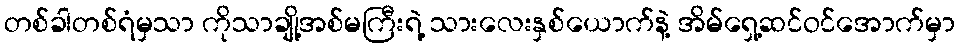
တစ်ခါတစ်ရံမှသာ ကိုသာချို့အစ်မကြီးရဲ့ သားလေးနှစ်ယောက်နဲ့ အိမ်ရှေ့ဆင်ဝင်အောက်မှာ